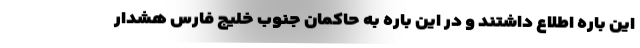
این باره اطلاع داشتند و در این باره به حاکمان جنوب خلیج فارس هشدار